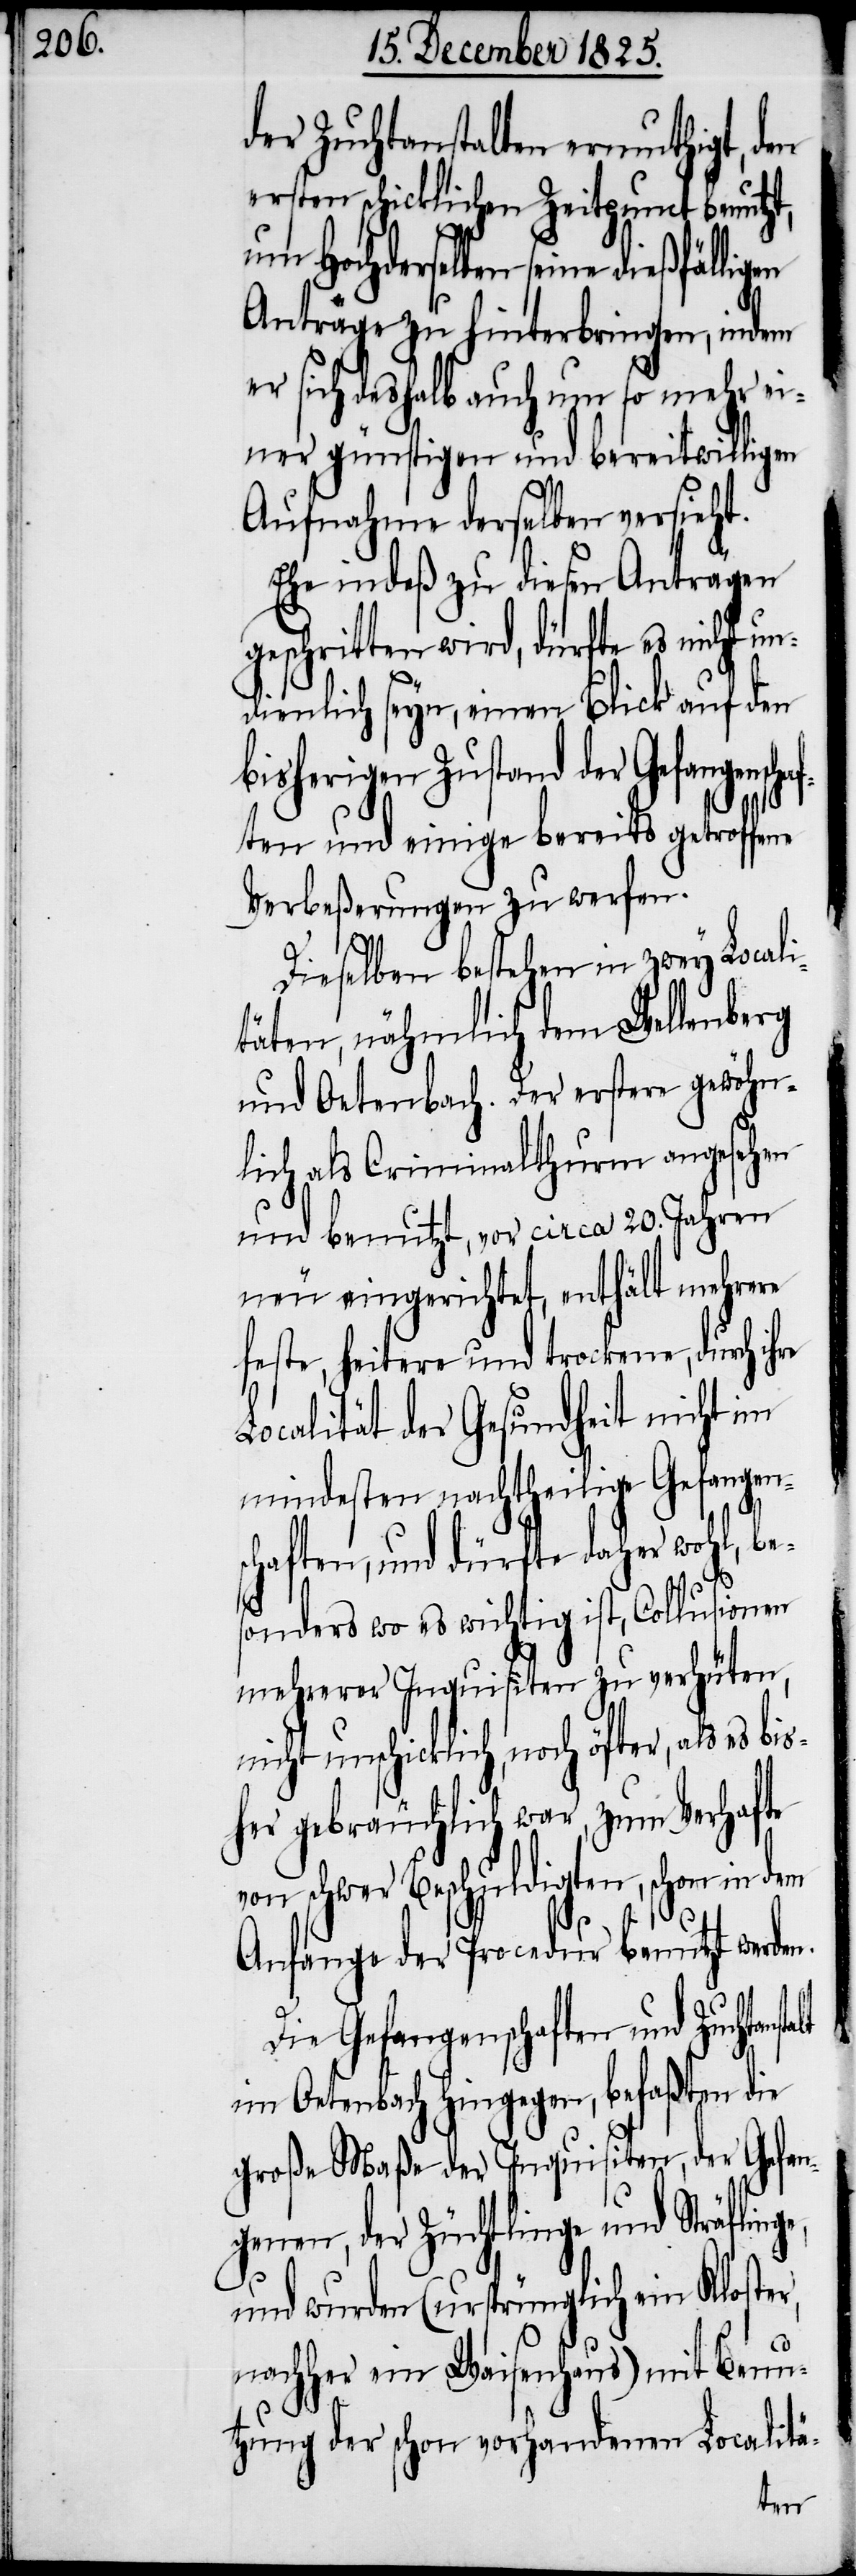
der Zuchtanstalten ermuthigt, den
ersten schicklichen Zeitpunct benutzt,
um Hochderselben seine dießfällig¬
Anträge zu hinterbringen, indem
er sich deshalb auch um so mehr ei¬
ner günstigen und bereitwilligen
Aufnahme derselben versieht.
Ehe indeß zu diesen Anträgen
geschritten wird, dürfte es nicht un¬
dienlich seyn, einen Blick auf den
bisherigen Zustand der Gefangensch¬
aften und einige bereits getroffene
Verbeßerungen zu werfen.
ge,
Dieselben bestehen in zwey Locali¬
täten, nähmlich dem Wellenberg
und Oetenbach. Der erstere gewöhn¬
lich als Criminalthurm angesehen
und benutzt, vor circa 20. Jahren
neu eingerichtet, enthält mehrere
feste, heitere und trockene, durch
Localität der Gesundheit nicht im
mindesten nachtheilige Gefangen¬
schaften, und dürfte daher wohl, bes¬
onders wo es wichtig ist, Collusionen
mehrerer Inquisiten zu verhüten,
nicht unschicklich, noch öfter, als es
her gebräuchlich war, zum Verhafte
von schwer Beschuldigten, schon in dem
Anfange der Procedur benutzt werden.
Die Gefangenschaften und Zuchtans¬
im Oetenbach hingegen, befaßten die
große Maße der Inquisition, der Gefan¬
genen, der Züchtlinge und Sträflin¬
und wurden (ursprünglich ein Kloste¬
r,
nachher ein Waisenhaus) mit Benu¬
tzung der schon vorhandenen Localitä-